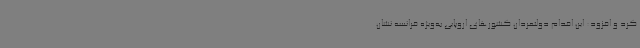
کرد و افزود: این اقدام دولتمردان کشورهای اروپایی به‌ویژه فرانسه نشان